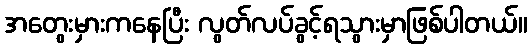
အတွေးမှားကနေပြီး လွတ်လပ်ခွင့်ရသွားမှာဖြစ်ပါတယ်။